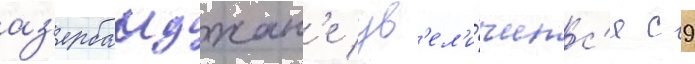
аз'ербаиджан'е ув'ел'и́чилс'я с 9